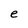
Character: e